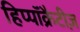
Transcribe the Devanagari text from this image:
हिप्पॉक्रैटीज़